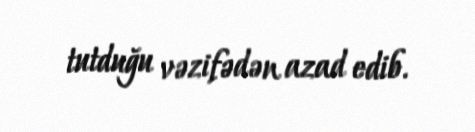
tutduğu vəzifədən azad edib.